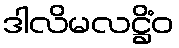
ဒါလိမလဋ္ဌိံဝ